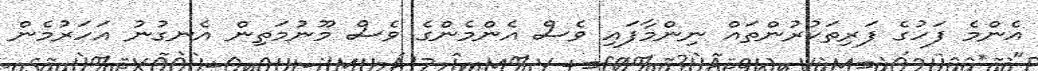
އެންމެ ފަހުގެ ފަރިތަކުރުންތައް ނިންމާފައި ވެސް އެންމެންގެ ވެސް މޫނުމަތިން އެނގުނު އަހަރުމެން